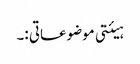
ہیئتی موضوعاتی :۔